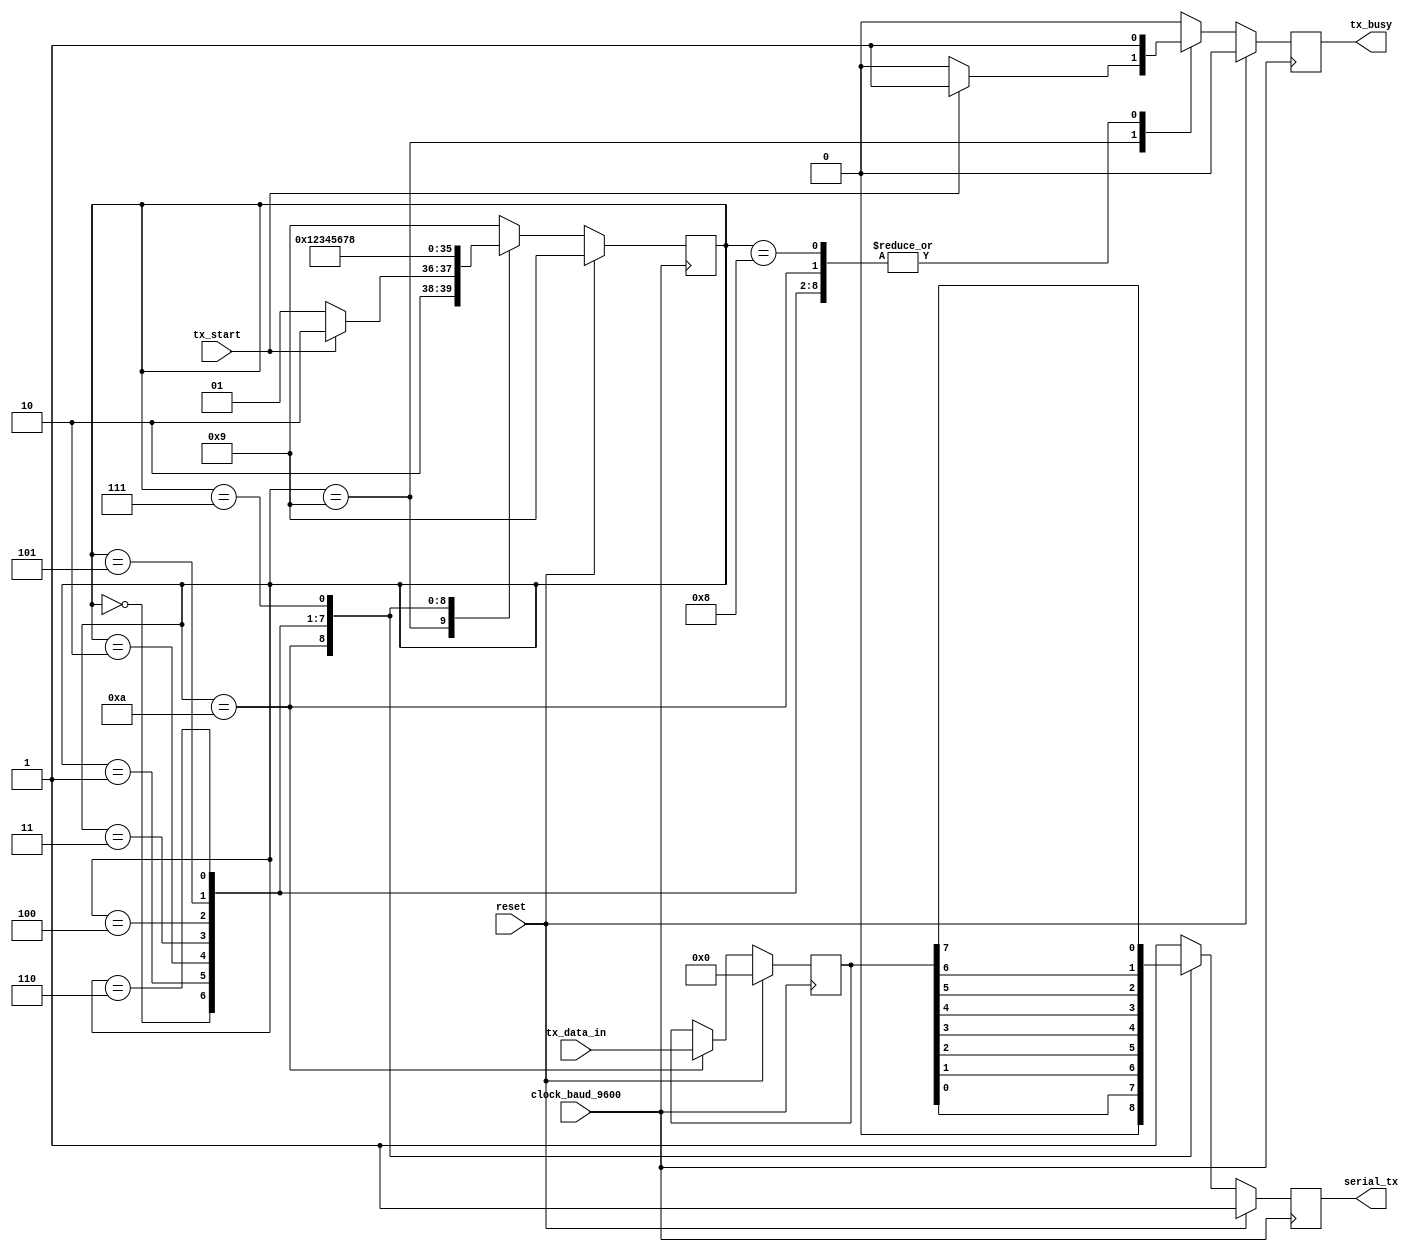
module uart_tx(
    input clock_baud_9600,
    input reset,
    input tx_start,
    input [7:0] tx_data_in,
    output reg serial_tx,
    output reg tx_busy
);

parameter IDLE = 4'h9;
parameter START_BIT = 4'hA;
parameter BIT0 = 4'h0;
parameter BIT1 = 4'h1;
parameter BIT2 = 4'h2;
parameter BIT3 = 4'h3;
parameter BIT4 = 4'h4;
parameter BIT5 = 4'h5;
parameter BIT6 = 4'h6;
parameter BIT7 = 4'h7;
parameter STOP_BIT = 4'h8;

reg [3:0] state;
reg [7:0] tx_data;

// Register tx_data when a start bit is recieved
always@(posedge clock_baud_9600) begin
    if(reset)
        tx_data <= 8'h00;
    else if(state == START_BIT)
        tx_data <= tx_data_in;
end

always@(posedge clock_baud_9600) begin
    if(reset) begin
        state <= IDLE;
        serial_tx <= 1'b1;
        tx_busy <= 1'b0;
    end else begin
        case(state)
            IDLE:
            begin
                state <= tx_start ? START_BIT : IDLE;
                serial_tx <= 1'b1;
                tx_busy <= tx_start ? 1'b1 : 1'b0;
            end
            START_BIT:
            begin
                state <= BIT0;
                serial_tx <= 1'b0;
                tx_busy <= 1'b1;
            end
            BIT0:
            begin
                state <= BIT1;
                serial_tx <= tx_data[0];
                tx_busy <= 1'b1;
            end
            BIT1:
            begin
                state <= BIT2;
                serial_tx <= tx_data[1];
                tx_busy <= 1'b1;
            end
            BIT2:
            begin
                state <= BIT3;
                serial_tx <= tx_data[2];
                tx_busy <= 1'b1;
            end
            BIT3:
            begin
                state <= BIT4;
                serial_tx <= tx_data[3];
                tx_busy <= 1'b1;
            end
            BIT4:
            begin
                state <= BIT5;
                serial_tx <= tx_data[4];
                tx_busy <= 1'b1;
            end
            BIT5:
            begin
                state <= BIT6;
                serial_tx <= tx_data[5];
                tx_busy <= 1'b1;
            end
            BIT6:
            begin
                state <= BIT7;
                serial_tx <= tx_data[6];
                tx_busy <= 1'b1;
            end
            BIT7:
            begin
                state <= STOP_BIT;
                serial_tx <= tx_data[7];
                tx_busy <= 1'b1;
            end
            STOP_BIT:
            begin
                state <= IDLE;
                serial_tx <= 1'b1;
                tx_busy <= 1'b1;
            end
            default:
            begin
                state <= IDLE;
                serial_tx <= 1'b1;
                tx_busy <= 1'b0;
            end
        endcase
    end
end

endmodule